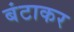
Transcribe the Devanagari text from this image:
बंटाकर